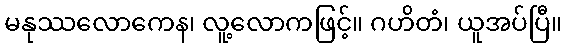
မနုဿလောကေန၊ လူ့လောကဖြင့်။ ဂဟိတံ၊ ယူအပ်ပြီ။